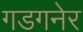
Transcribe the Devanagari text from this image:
गडगनेर